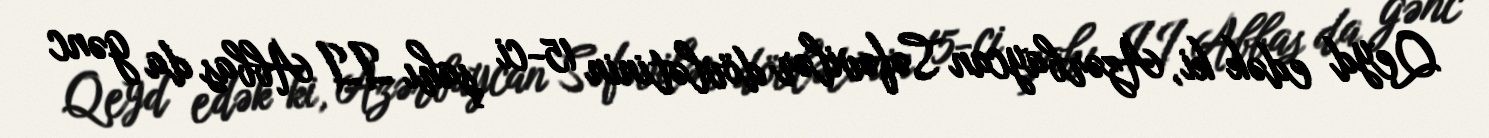
Qeyd edək ki, Azərbaycan Səfəvilər dövlətinin 15-ci şahı II Abbas da gənc